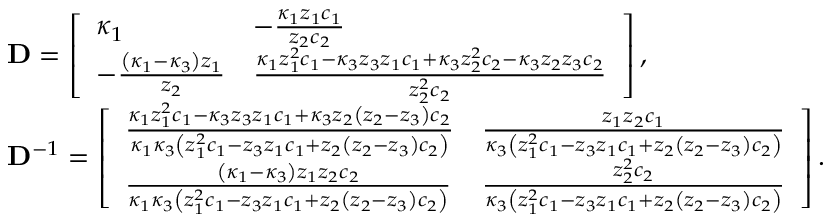
\begin{array} { r l } & { \mathbf { D } = \left[ \begin{array} { l l } { \kappa _ { 1 } } & { - \frac { \kappa _ { 1 } z _ { 1 } c _ { 1 } } { z _ { 2 } c _ { 2 } } } \\ { - \frac { \left( \kappa _ { 1 } - \kappa _ { 3 } \right) z _ { 1 } } { z _ { 2 } } } & { \frac { \kappa _ { 1 } z _ { 1 } ^ { 2 } c _ { 1 } - \kappa _ { 3 } z _ { 3 } z _ { 1 } c _ { 1 } + \kappa _ { 3 } z _ { 2 } ^ { 2 } c _ { 2 } - \kappa _ { 3 } z _ { 2 } z _ { 3 } c _ { 2 } } { z _ { 2 } ^ { 2 } c _ { 2 } } } \end{array} \right] , } \\ & { \mathbf { D } ^ { - 1 } = \left[ \begin{array} { l l } { \frac { \kappa _ { 1 } z _ { 1 } ^ { 2 } c _ { 1 } - \kappa _ { 3 } z _ { 3 } z _ { 1 } c _ { 1 } + \kappa _ { 3 } z _ { 2 } \left( z _ { 2 } - z _ { 3 } \right) c _ { 2 } } { \kappa _ { 1 } \kappa _ { 3 } \left( z _ { 1 } ^ { 2 } c _ { 1 } - z _ { 3 } z _ { 1 } c _ { 1 } + z _ { 2 } \left( z _ { 2 } - z _ { 3 } \right) c _ { 2 } \right) } } & { \frac { z _ { 1 } z _ { 2 } c _ { 1 } } { \kappa _ { 3 } \left( z _ { 1 } ^ { 2 } c _ { 1 } - z _ { 3 } z _ { 1 } c _ { 1 } + z _ { 2 } \left( z _ { 2 } - z _ { 3 } \right) c _ { 2 } \right) } } \\ { \frac { \left( \kappa _ { 1 } - \kappa _ { 3 } \right) z _ { 1 } z _ { 2 } c _ { 2 } } { \kappa _ { 1 } \kappa _ { 3 } \left( z _ { 1 } ^ { 2 } c _ { 1 } - z _ { 3 } z _ { 1 } c _ { 1 } + z _ { 2 } \left( z _ { 2 } - z _ { 3 } \right) c _ { 2 } \right) } } & { \frac { z _ { 2 } ^ { 2 } c _ { 2 } } { \kappa _ { 3 } \left( z _ { 1 } ^ { 2 } c _ { 1 } - z _ { 3 } z _ { 1 } c _ { 1 } + z _ { 2 } \left( z _ { 2 } - z _ { 3 } \right) c _ { 2 } \right) } } \end{array} \right] . } \end{array}